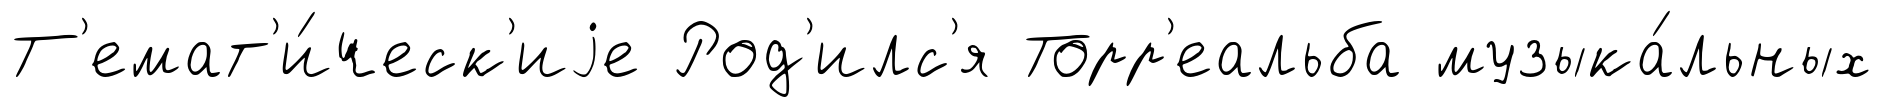
Т'емат'и́ческ'иjе Род'илс'я Торр'еальба музыка́льных